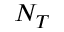
N _ { T }